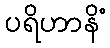
ပရိဟာနိံ